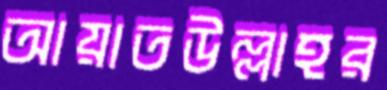
আয়াতউল্লাহর